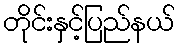
တိုင်းနှင့်ပြည်နယ်